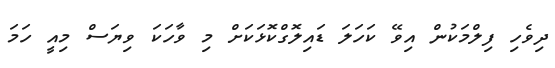
ދިވެހި ފިލްމަކުން އިވޭ ކަހަލަ ޑައިލޮގްކޮޅަކަށް މި ވާހަކަ ވިޔަސް މިއީ ހަމަ